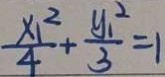
\frac { x _ { 1 } ^ { 2 } } { 4 } + \frac { y _ { 1 } ^ { 2 } } { 3 } = 1